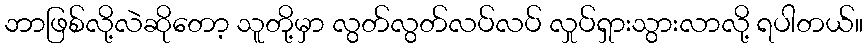
ဘာဖြစ်လို့လဲဆိုတော့ သူတို့မှာ လွတ်လွတ်လပ်လပ် လှုပ်ရှားသွားလာလို့ ရပါတယ်။